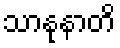
သာနုနာတိ